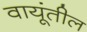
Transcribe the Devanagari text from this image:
वायूंतील